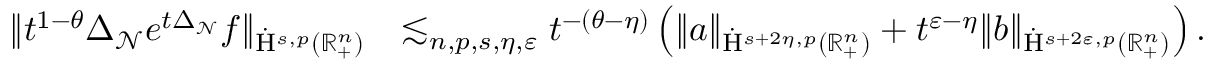
\begin{array} { r l } { \lVert t ^ { 1 - \theta } \Delta _ { \mathcal { N } } e ^ { t \Delta _ { \mathcal { N } } } f \rVert _ { \dot { \mathrm { H } } ^ { s , p } ( \mathbb { R } _ { + } ^ { n } ) } } & { \lesssim _ { n , p , s , \eta , \varepsilon } t ^ { - ( \theta - \eta ) } \left( \lVert { a } \rVert _ { \dot { \mathrm { H } } ^ { s + 2 \eta , p } ( \mathbb { R } _ { + } ^ { n } ) } + t ^ { \varepsilon - \eta } \lVert { b } \rVert _ { \dot { \mathrm { H } } ^ { s + 2 \varepsilon , p } ( \mathbb { R } _ { + } ^ { n } ) } \right) \mathrm { . ~ } } \end{array}